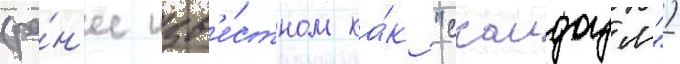
(ра́н'ее изв'е́стном ка́к "скаидоум")